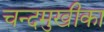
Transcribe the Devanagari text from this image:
चन्दमुखीका